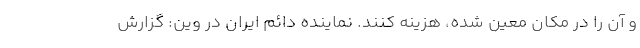
و آن را در مکان معین شده، هزینه کنند. نماینده دائم ایران در وین: گزارش